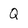
Character: Q